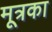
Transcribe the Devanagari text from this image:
मूत्रका